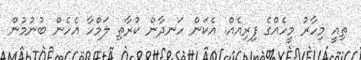
ތިއީ މިހާރު މީހެއްގެ ފިރިއެއް. އެކަން ހަނދާން ކުރާތި ލަމްހާ އެހެން ބުނުމުން